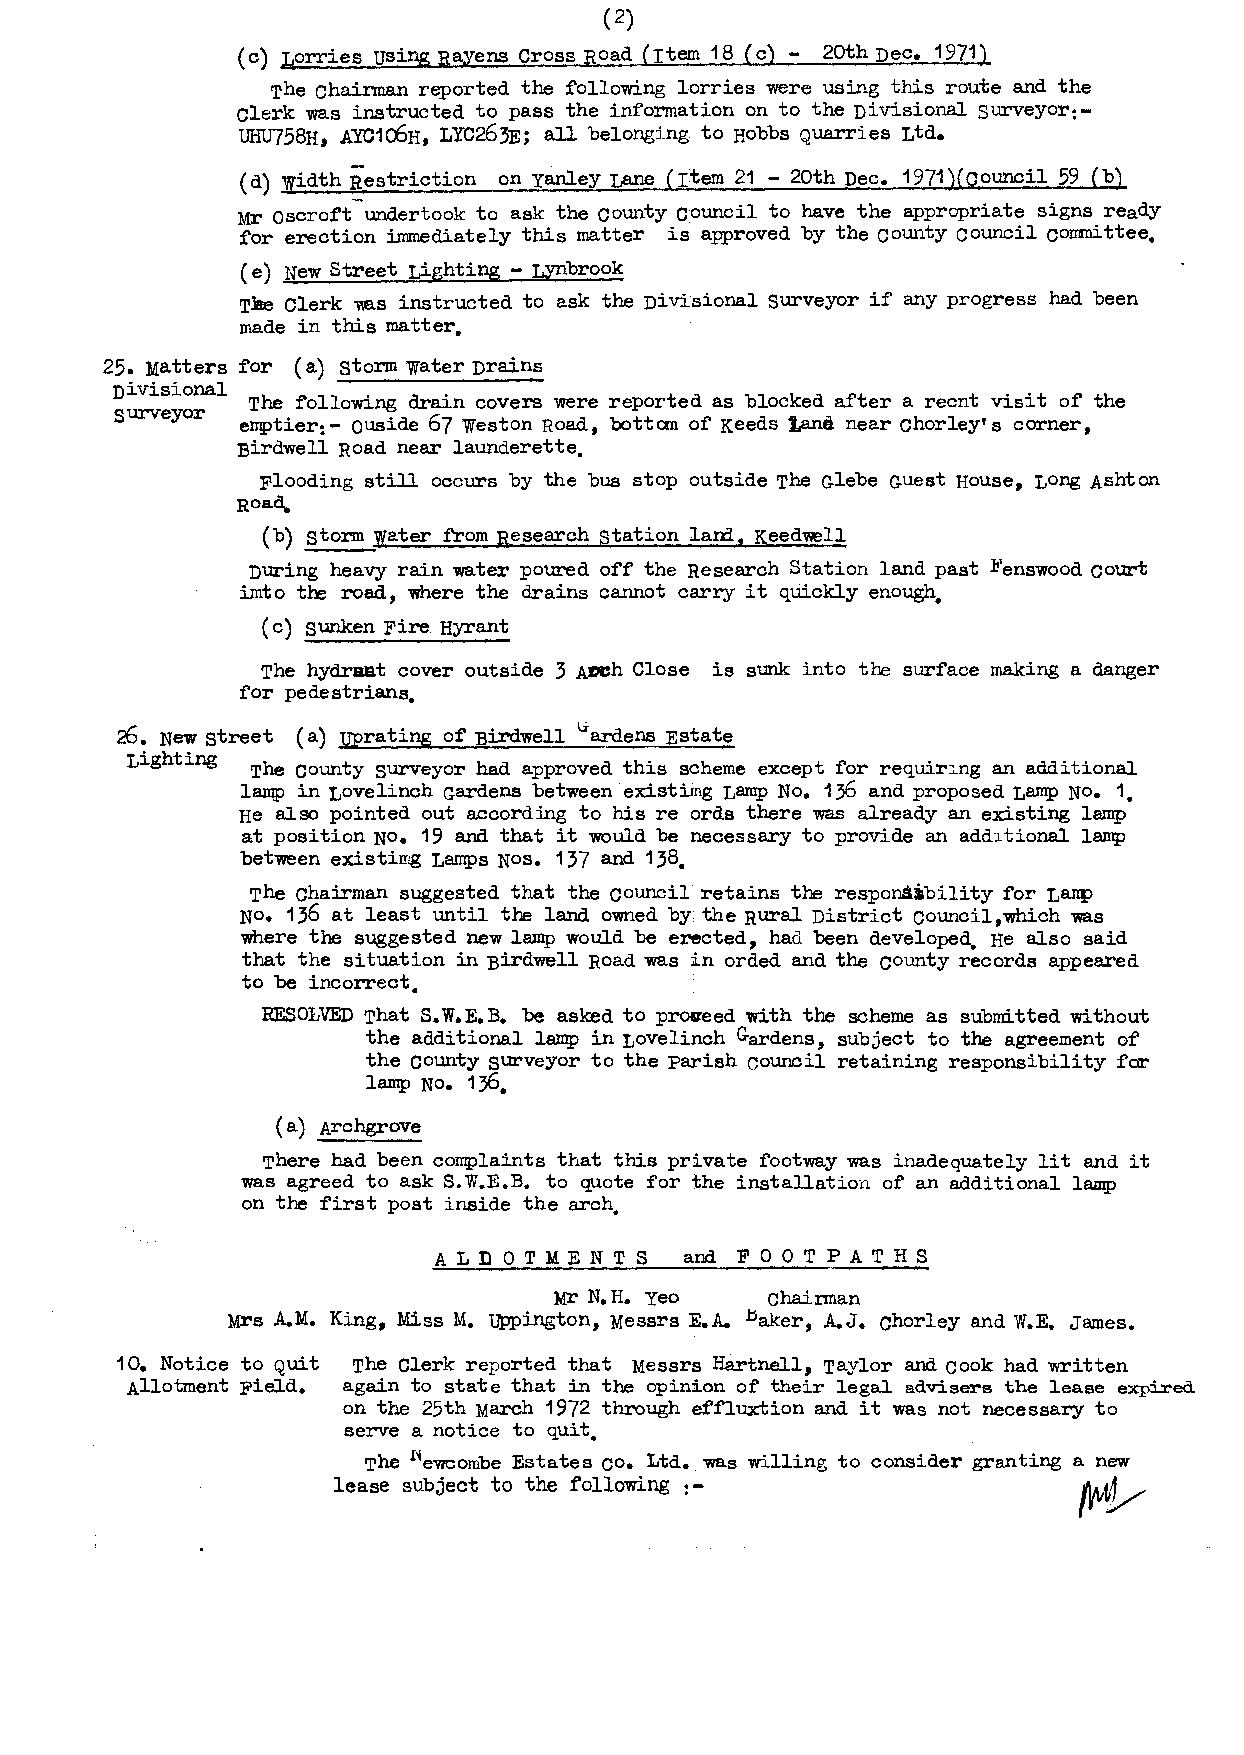
( 2)
 (c) Lorries usingRayens Cross Road (rtem 18 (c) 20thDec. 1971)
 The chairman reported the following lorries were using this route and the
 clerk was instructed to pass the information on to the Divisional surveyor:
 UHU758H., AYC1CbH.,L YC263E; all belonging to Hobbs Quarries Ltd.
 (d) Jidth Restriction on yanley r,ane (rtem 21 - 20th Dec. 1971)(council 59 (b)
 Mr oscroft-undertook to ask the county council to have the appropriate signs ready
 for erection immediately this matter is approved by the county council committee.
 ( e) New Street Lighting - r,ynbrook
 Tlae Clerk v.as instructed to ask the Divisional surveyor if any progress had been
 made in this matter.
 25. Matters for ( a) storm water Drains
 Divisional The following drain covers were reported as blocked after a recnt visit of the
 surveyor elT4)tier: - ouside 67 Weston Road, bottcm of Keeds tane near Chorley• s corner,
 Birdwell Road near launderette.
 Flooding still occurs by the bus stop outside The Glebe Guest House, LOng Ashton
 Road.
 (b) storm water from Research station lam, Keed~ll
 During heavy rain water poured off the Research Station land past ll'enswood court
 imto tre road, where the drains cannot carry it quickly enough.
 (c) sunken Fire Hyrant
 The hydraat cover outside 3 Al:ICh Close is sunk into the surface making a danger
 for pedestrians.
 26. New street ( a) u;prating of Birdwell 1.rardens Estate
 Lighting The county surveyor had approved this scheme except for requiring an additional
 1~  in Lovelinch Gardens between existimg Lamp No. 136 and proposed Lamp NO. 1.
 He also pointed out according to his re ords there was already an existing lamp
 at position NO• 19 and that it would be necessary to provide an additional lamp
 between existirng Lamps Nos. 137 and 138.
 The Chairman suggested that the council retains the respons..bility for LalT4)
 NO• 136 at least until the land owned by the Rural District council,which was
 where the suggested new lamp would be erected, had been developed. He also said
 that the situation in Birdwell Road was in orded and the county records appeared
 to be incorrect.
 RESOliVEDT hat S.W.E.B. be asked to proveed with the scheme as submitted without
 the additional lamp in Lovelinch Gardens, subject to the agreement of
 the county surveyor to the parish council retaining responsibility for
 lamp No. 136
 0
 (a) Archgrove
 There had been corrq:ilaints that this private footway was inadequately lit and it
 was agreed to ask S.W.E.B. to quote for the installation of an additional lamp
 on the first post inside the arch.
 ALDOTMENTS      and FOOTPATHS
 Mr N. H. Yeo  Chairman
 Mrs A.M. King, Miss M. Uppington, Messrs E.A. .baker, A.J. chorley and W.E. James.
 10. Notice to Quit The Clerk reported that Messrs Hartnell, Taylor and cook had written
 Allotment Field. again to state that in the opinion of their legal advisers the lease expired
 on the 25th March 1972 through effluxtion and it was not necessary to
 serve a notice to quit.
 The !'leV1CombeE states co. Ltd. was willing to consider granting a new
 lease subject to the following:-